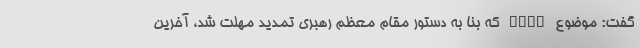
گفت: موضوع FATF که بنا به دستور مقام معظم رهبری تمدید مهلت شد، آخرین